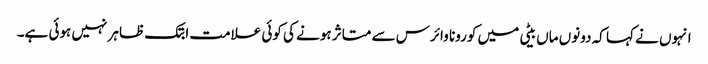
انہوں نے کہا کہ دونوں ماں بیٹی میں کورونا وائرس سے متاثر ہونے کی کوئی علامت ابتک ظاہر نہیں ہوئی ہے۔